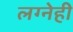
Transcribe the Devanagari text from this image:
लग्नेही